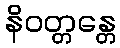
နိဝတ္တန္တေ